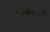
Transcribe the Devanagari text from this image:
महावीराची